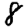
Digit: 8